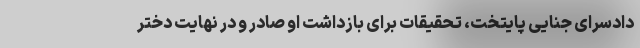
دادسرای جنایی پایتخت، تحقیقات برای بازداشت او صادر و در نهایت دختر